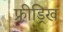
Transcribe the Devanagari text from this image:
फ्रीड्रिख